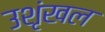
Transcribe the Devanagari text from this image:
उशृंखल